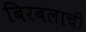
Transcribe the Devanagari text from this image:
बिरबलाची